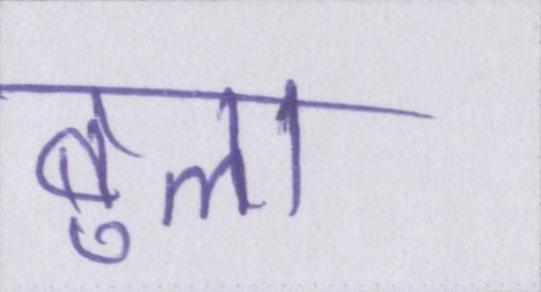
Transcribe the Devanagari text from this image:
बुला